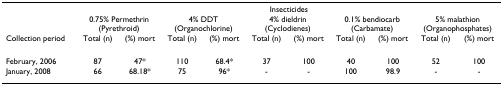
<table><thead><tr><td></td><td colspan="10"><b>Insecticides</b></td></tr><tr><td></td><td colspan="2"><b>0.75% Permethrin(Pyrethroid)</b></td><td colspan="2"><b>4% DDT(Organochlorine)</b></td><td colspan="2"><b>4% dieldrin(Cyclodienes)</b></td><td colspan="2"><b>0.1% bendiocarb(Carbamate)</b></td><td colspan="2"><b>5% malathion(Organophosphates)</b></td></tr><tr><td><b>Collection period</b></td><td><b>Total (n)</b></td><td><b>(%) mort</b></td><td><b>Total (n)</b></td><td><b>(%) mort</b></td><td><b>Total (n)</b></td><td><b>(%) mort</b></td><td><b>Total (n)</b></td><td><b>(%) mort</b></td><td><b>Total (n)</b></td><td><b>(%) mort</b></td></tr></thead><tbody><tr><td>February, 2006</td><td>87</td><td>47*</td><td>110</td><td>68.4*</td><td>37</td><td>100</td><td>40</td><td>100</td><td>52</td><td>100</td></tr><tr><td>January, 2008</td><td>66</td><td>68.18*</td><td>75</td><td>96*</td><td>-</td><td>-</td><td>100</td><td>98.9</td><td>-</td><td>-</td></tr></tbody></table>